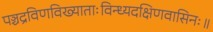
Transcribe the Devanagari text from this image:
पञ्चद्रविणविख्याताःविन्ध्यदक्षिणवासिनः॥